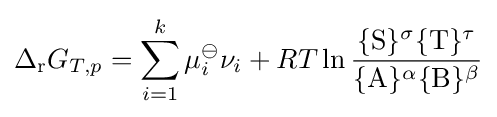
\Delta _{\mathrm {r} }G_{T,p}=\sum _{i=1}^{k}\mu _{i}^{\ominus }\nu _{i}+RT\ln {\frac {\{\mathrm {S} \}^{\sigma }\{\mathrm {T} \}^{\tau }}{\{\mathrm {A} \}^{\alpha }\{\mathrm {B} \}^{\beta }}}